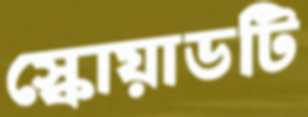
স্কোয়াডটি